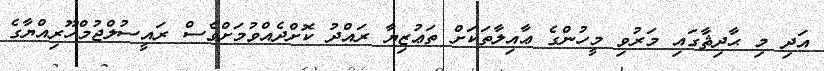
އަދި މި ޙާދިޘާގައި މަރުވި މީހުންގެ ޢާއިލާތަކަށް ތަޢުޒިޔާ ރައްދު ކޮށްދެއްވުމަށްވެސް ރައީސުލްޖުމްހޫރިއްޔާގެ